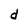
Character: d